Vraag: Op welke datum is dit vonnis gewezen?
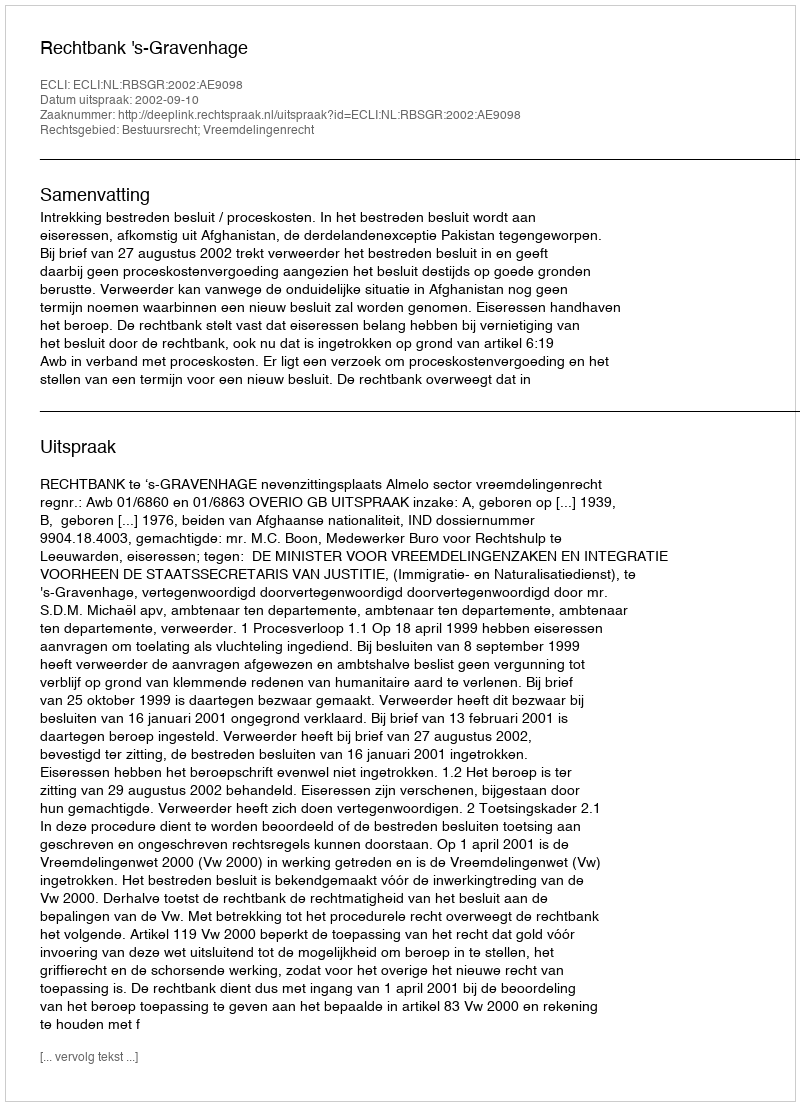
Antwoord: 2002-09-10